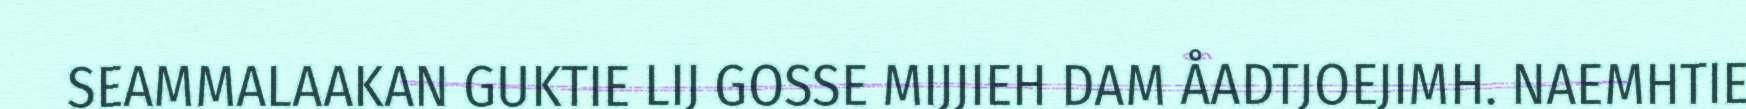
SEAMMALAAKAN GUKTIE LIJ GOSSE MIJJIEH DAM ÅADTJOEJIMH. NAEMHTIE